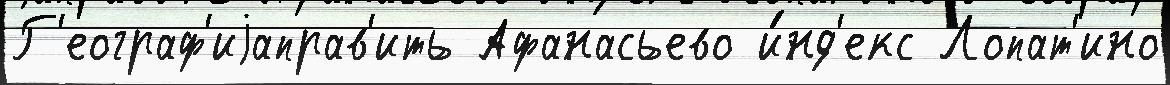
Г'еограф'иjаправ'ить Афанасьево и́нд'екс Лопат'ино